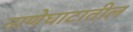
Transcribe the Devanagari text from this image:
नाणेघाटातील